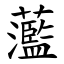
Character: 蘫